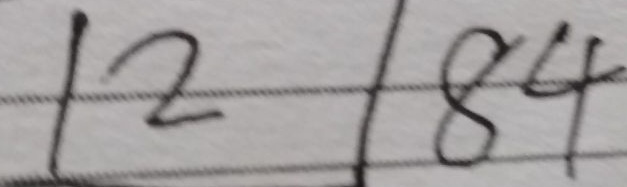
1 2 1 8 4